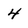
Character: 4